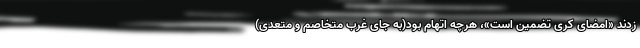
زدند «امضای کری تضمین است»، هرچه اتهام بود(به جای غرب متخاصم و متعدی)